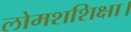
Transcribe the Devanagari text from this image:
लोमशशिक्षा।